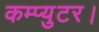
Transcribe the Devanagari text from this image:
कम्प्युटर।